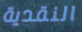
النقدية